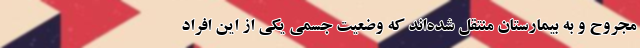
مجروح و به بیمارستان منتقل شده‌اند که وضعیت جسمی یکی از این افراد